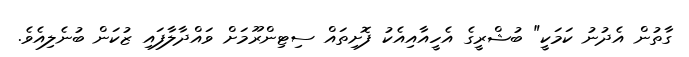
ގާތުން އެދުނު ކަމަކީ" ބުޝްރީގެ އެހީއާއިއެކު ފޮށިތައް ސިޓިންރޫމަށް ވައްދާލާފައި ޒުކަން ބުނެލިއެވެ.